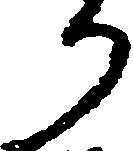
り